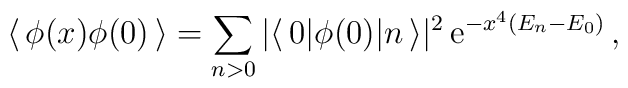
\langle\, \phi(x) \phi(0) \,\rangle= \sum\limits_{n >0} | \langle\, 0 |\phi(0) | n \,\rangle |^2  \, {\rm e}^{- x^4 (E_n - E_0) } \,,